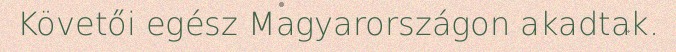
Követői egész Magyarországon akadtak.